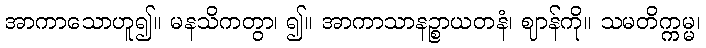
အာကာသောဟူ၍။ မနသိကတွာ၊ ၍။ အာကာသာနဉ္စာယတနံ၊ ဈာန်ကို။ သမတိက္ကမ္မ၊